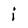
Character: i